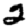
Digit: 2